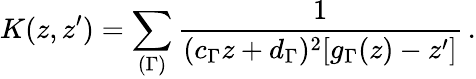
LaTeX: K(z,z^{\prime})=\sum_{(\Gamma)}\frac{1}{(c_{\Gamma}z+d_{\Gamma})^{2}[g_{\Gamma}(z)-z^{\prime}]}\, .